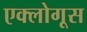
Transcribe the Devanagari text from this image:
एक्लोगूस